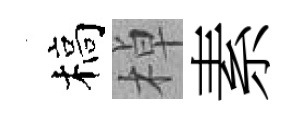
槁棹素